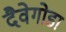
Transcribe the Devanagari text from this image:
दैवेगोडा